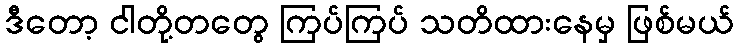
ဒီတော့ ငါတို့တတွေ ကြပ်ကြပ် သတိထားနေမှ ဖြစ်မယ်